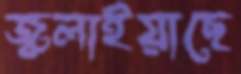
জ্বলাইয়াছে